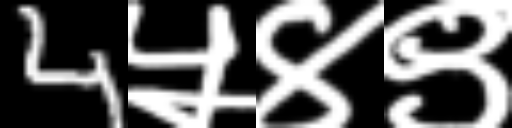
Text: 4५४९